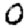
Digit: 0